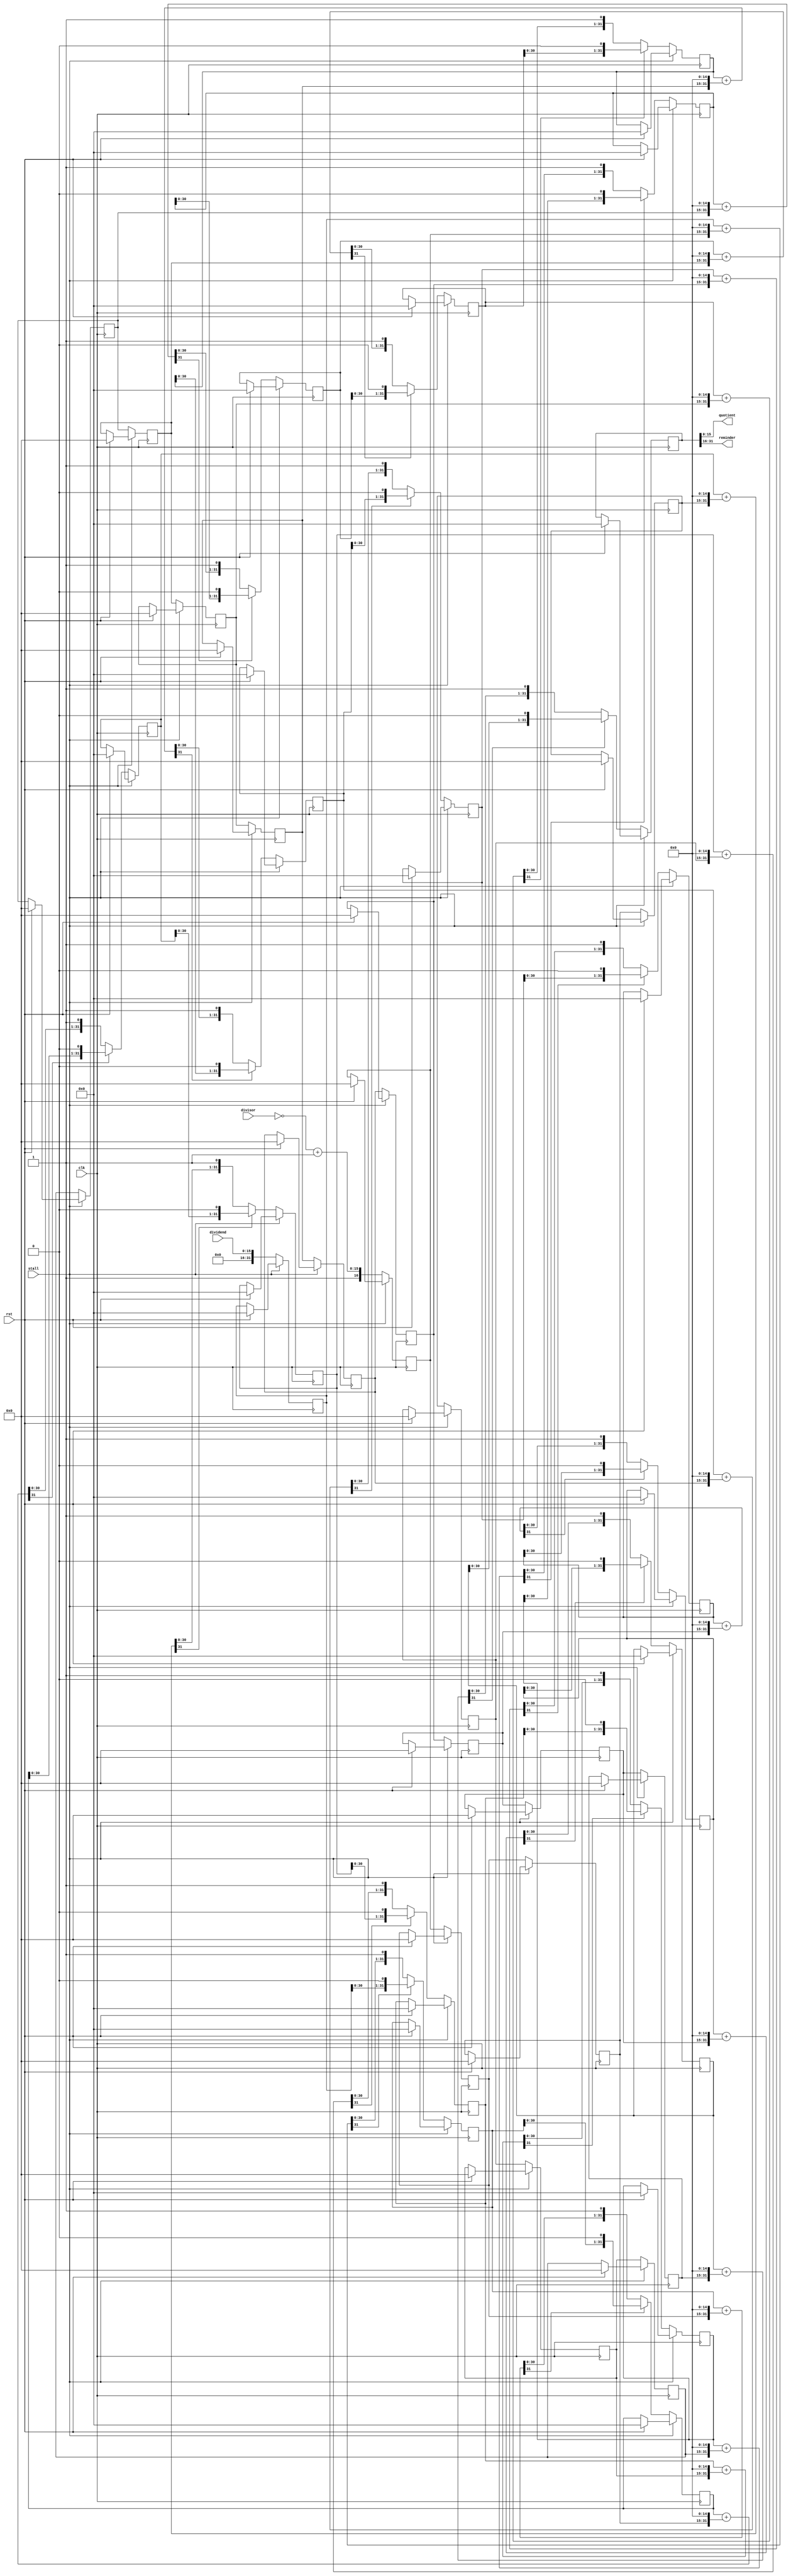
`timescale 1 ns / 1 ps
module pipelined_divider
(
input clk,
input rst,
input stall,

input [15:0]dividend,
input [15:0]divisor,

output [15:0]quotient,
output [15:0]reminder
);

reg[31:0]temp[16:0];
wire[31:0]diff[16:0];
reg[16:0]s[16:0];

genvar j;
generate
for(j=0; j<=15; j=j+1)
begin:diffs
  assign diff[j] = temp[j] + {s[j],15'b0};
end
endgenerate

integer i;
always @ (posedge clk)
begin
if(rst)
begin
	for(i=0; i<=16; i=i+1)
	begin
		temp[i]<='b0;
		s[i]<='b0;
	end 
end
if(stall)
begin
  
end
else
begin
	temp[0] <= {16'b0,dividend};
	s[0] <= {1'b1,~divisor + 1'b1};
	for(i=1; i<=16; i=i+1)
	begin
		if(diff[i-1][31]) temp[i] <= {temp[i-1][30:0],1'b0};
		else temp[i] <= {diff[i-1][30:0],1'b1};
		s[i]<=s[i-1];
	end
end
end

assign quotient = temp[16][15:0];
assign reminder = temp[16][31:16];
endmodule